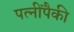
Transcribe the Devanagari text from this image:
पत्‍नींपैकी